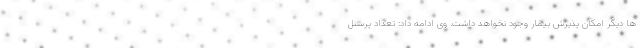
ها دیگر امکان پذیرش بیمار وجود نخواهد داشت. وی ادامه داد: تعداد پرسنل